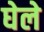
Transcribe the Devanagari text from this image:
घेले